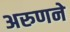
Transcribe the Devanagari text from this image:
अरुणने